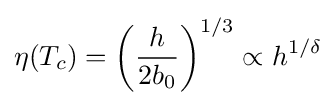
\eta (T_{c})=\left({\frac {h}{2b_{0}}}\right)^{1/3}\propto h^{1/\delta }